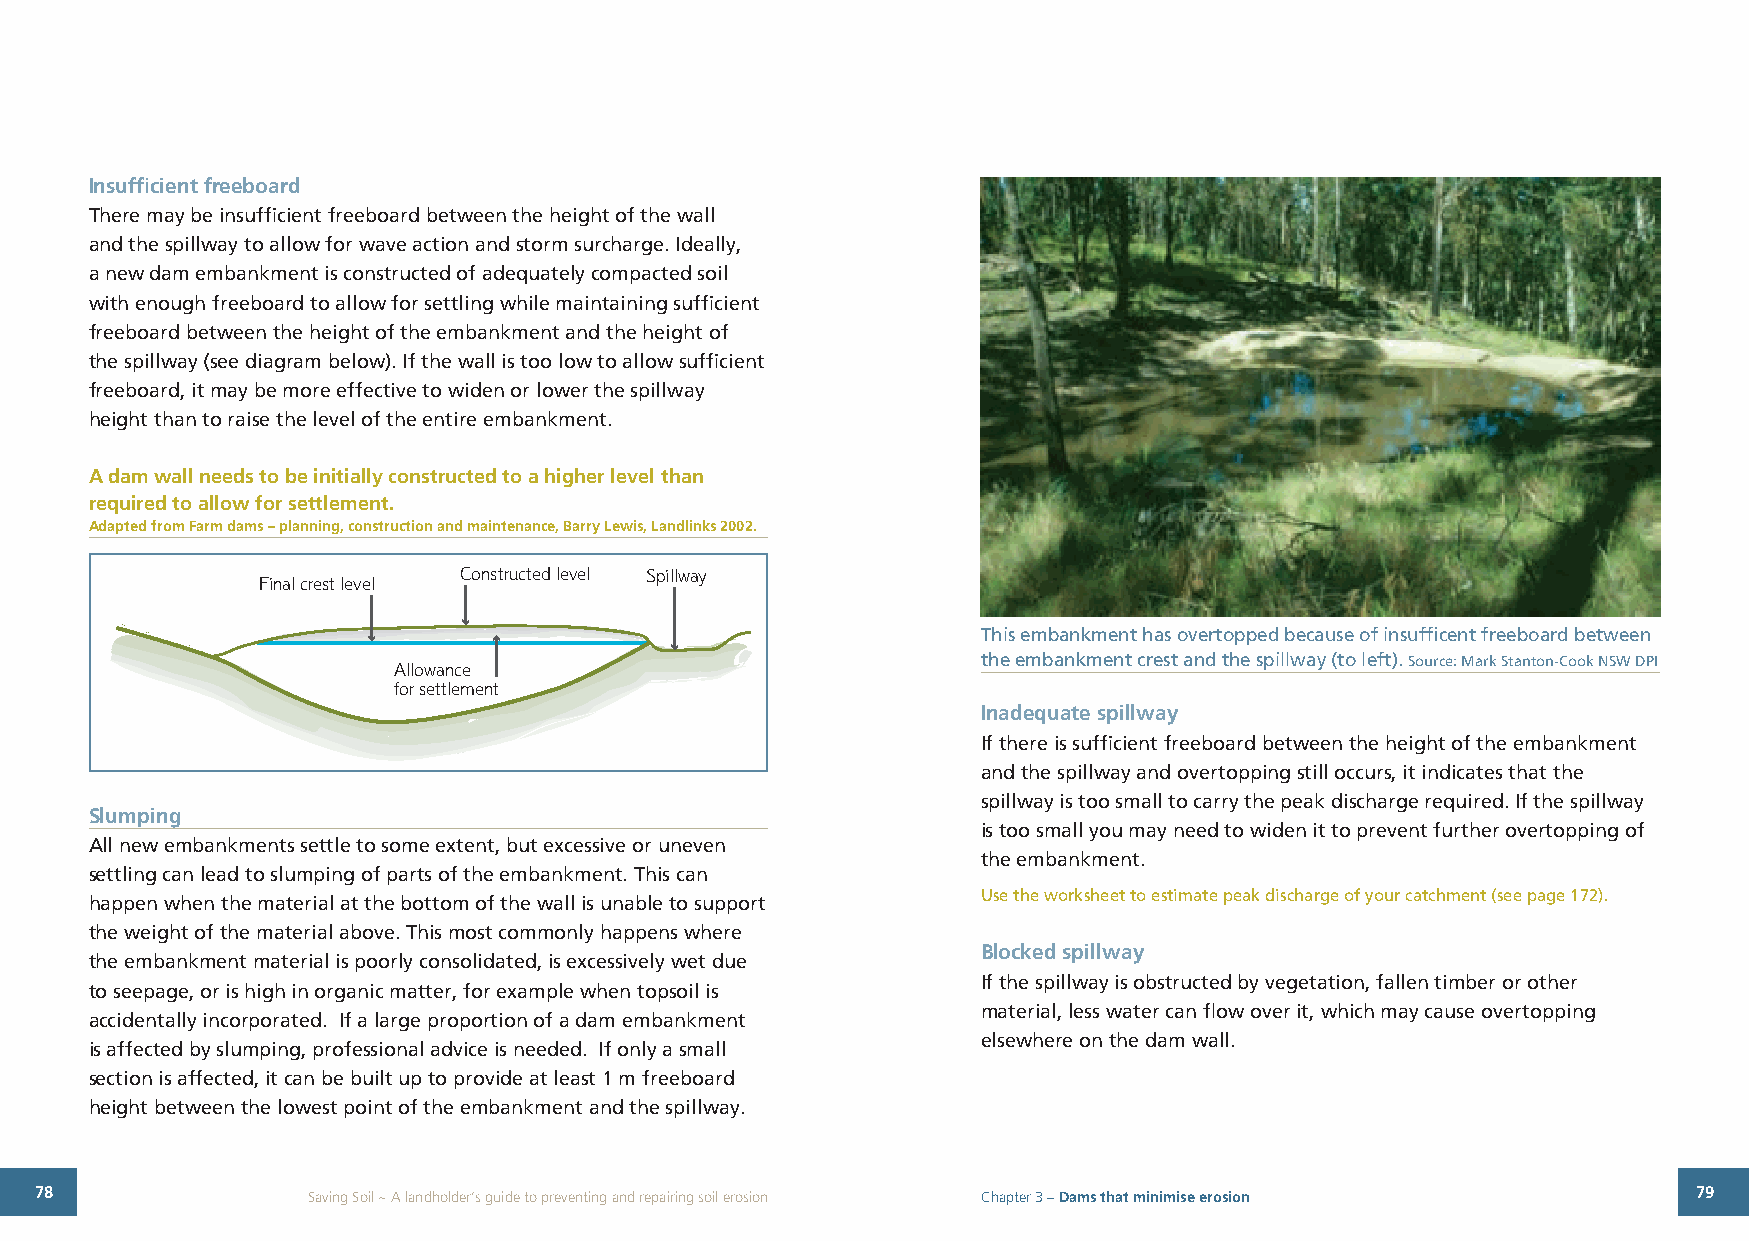
Insufficient freeboard
 There may be insufficient freeboard between the height of the wall
 and the spillway to allow for wave action and storm surcharge. Ideally,
 a new dam embankment is constructed of adequately compacted soil
 with enough freeboard to allow for settling while maintaining sufficient
 freeboard between the height of the embankment and the height of
 the spillway (see diagram below). If the wall is too low to allow sufficient
 freeboard, it may be more effective to widen or lower the spillway
 height than to raise the level of the entire embankment.
 A dam wall needs to be initially constructed to a higher level than
 required to allow for settlement.
 Adapted from Farm dams – planning, construction and maintenance, Barry Lewis, Landlinks 2002.
 Constructed level Spillway
 Final crest level
 This embankment has overtopped because of insufficent freeboard between
 the embankment crest and the spillway (to left). Source: Mark Stanton-Cook NSW DPI
 Allowance
 for settlement
 Inadequate spillway
 If there is sufficient freeboard between the height of the embankment
 and the spillway and overtopping still occurs, it indicates that the
 spillway is too small to carry the peak discharge required. If the spillway
 Slumping
 is too small you may need to widen it to prevent further overtopping of
 All new embankments settle to some extent, but excessive or uneven
 the embankment.
 settling can lead to slumping of parts of the embankment. This can
 Use the worksheet to estimate peak discharge of your catchment (see page 172).
 happen when the material at the bottom of the wall is unable to support
 the weight of the material above. This most commonly happens where
 Blocked spillway
 the embankment material is poorly consolidated, is excessively wet due
 If the spillway is obstructed by vegetation, fallen timber or other
 to seepage, or is high in organic matter, for example when topsoil is
 material, less water can flow over it, which may cause overtopping
 accidentally incorporated. If a large proportion of a dam embankment
 elsewhere on the dam wall.
 is affected by slumping, professional advice is needed. If only a small
 section is affected, it can be built up to provide at least 1 m freeboard
 height between the lowest point of the embankment and the spillway.
 78                Saving Soil ~ A landholder’s guide to preventing and repairing soil erosion Chapter 3 – Dams that minimise erosion 79